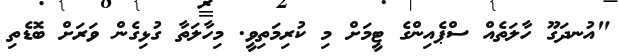
"އުނދަގޫ ހާލަތެއް ސްޕެއިންގެ ޓީމަށް މި ކުރިމަތިވީ. މިހާލަތާ ގުޅިގެން ވަރަށް ބޮޑެތި